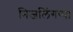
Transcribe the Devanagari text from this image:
निजलिंगप्पा